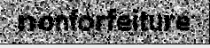
nonforfeiture